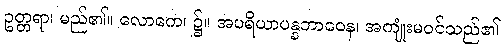
ဥတ္တရာ၊ မည်၏။ လောကေ၊ ၌။ အပရိယာပန္နဘာဝေန၊ အကျုံးမဝင်သည်၏